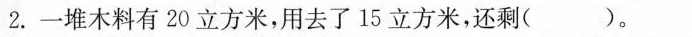
2.一堆木料有20立方米，用去了15立方米，还剩( )。